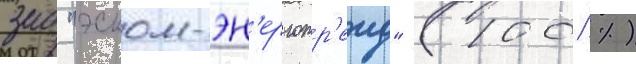
зао "эском-эн'ерготр'еид" (100 %)